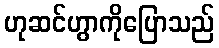
ဟုဆင်ဟွာကိုပြောသည်